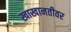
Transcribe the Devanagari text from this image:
खाखानतीवर